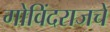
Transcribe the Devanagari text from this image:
गोविंदराजचे